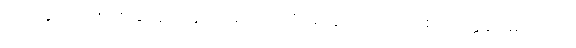
ပညာနှင့်ပြည့်စုံစေခြင်း၌။ နောသမာဒပေတိ၊ မဆောက်တည်စေ။ အတ္တနာ၊ မိမိသည်။